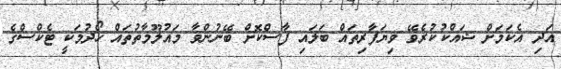
އަދި އެކަމަށް ޝައްކުކުރެވޭ ވިޔަފާރިތައް ބަލައި ފާސްކޮށް ބޭނުންވާ މައުލޫމާތުތައް ހޯދުމަކީ ޓެކްސްގެ